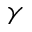
\gamma